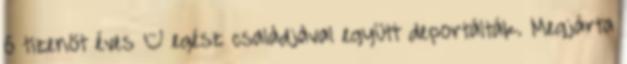
ő tizenöt éves – egész családjával együtt deportálták. Megjárta